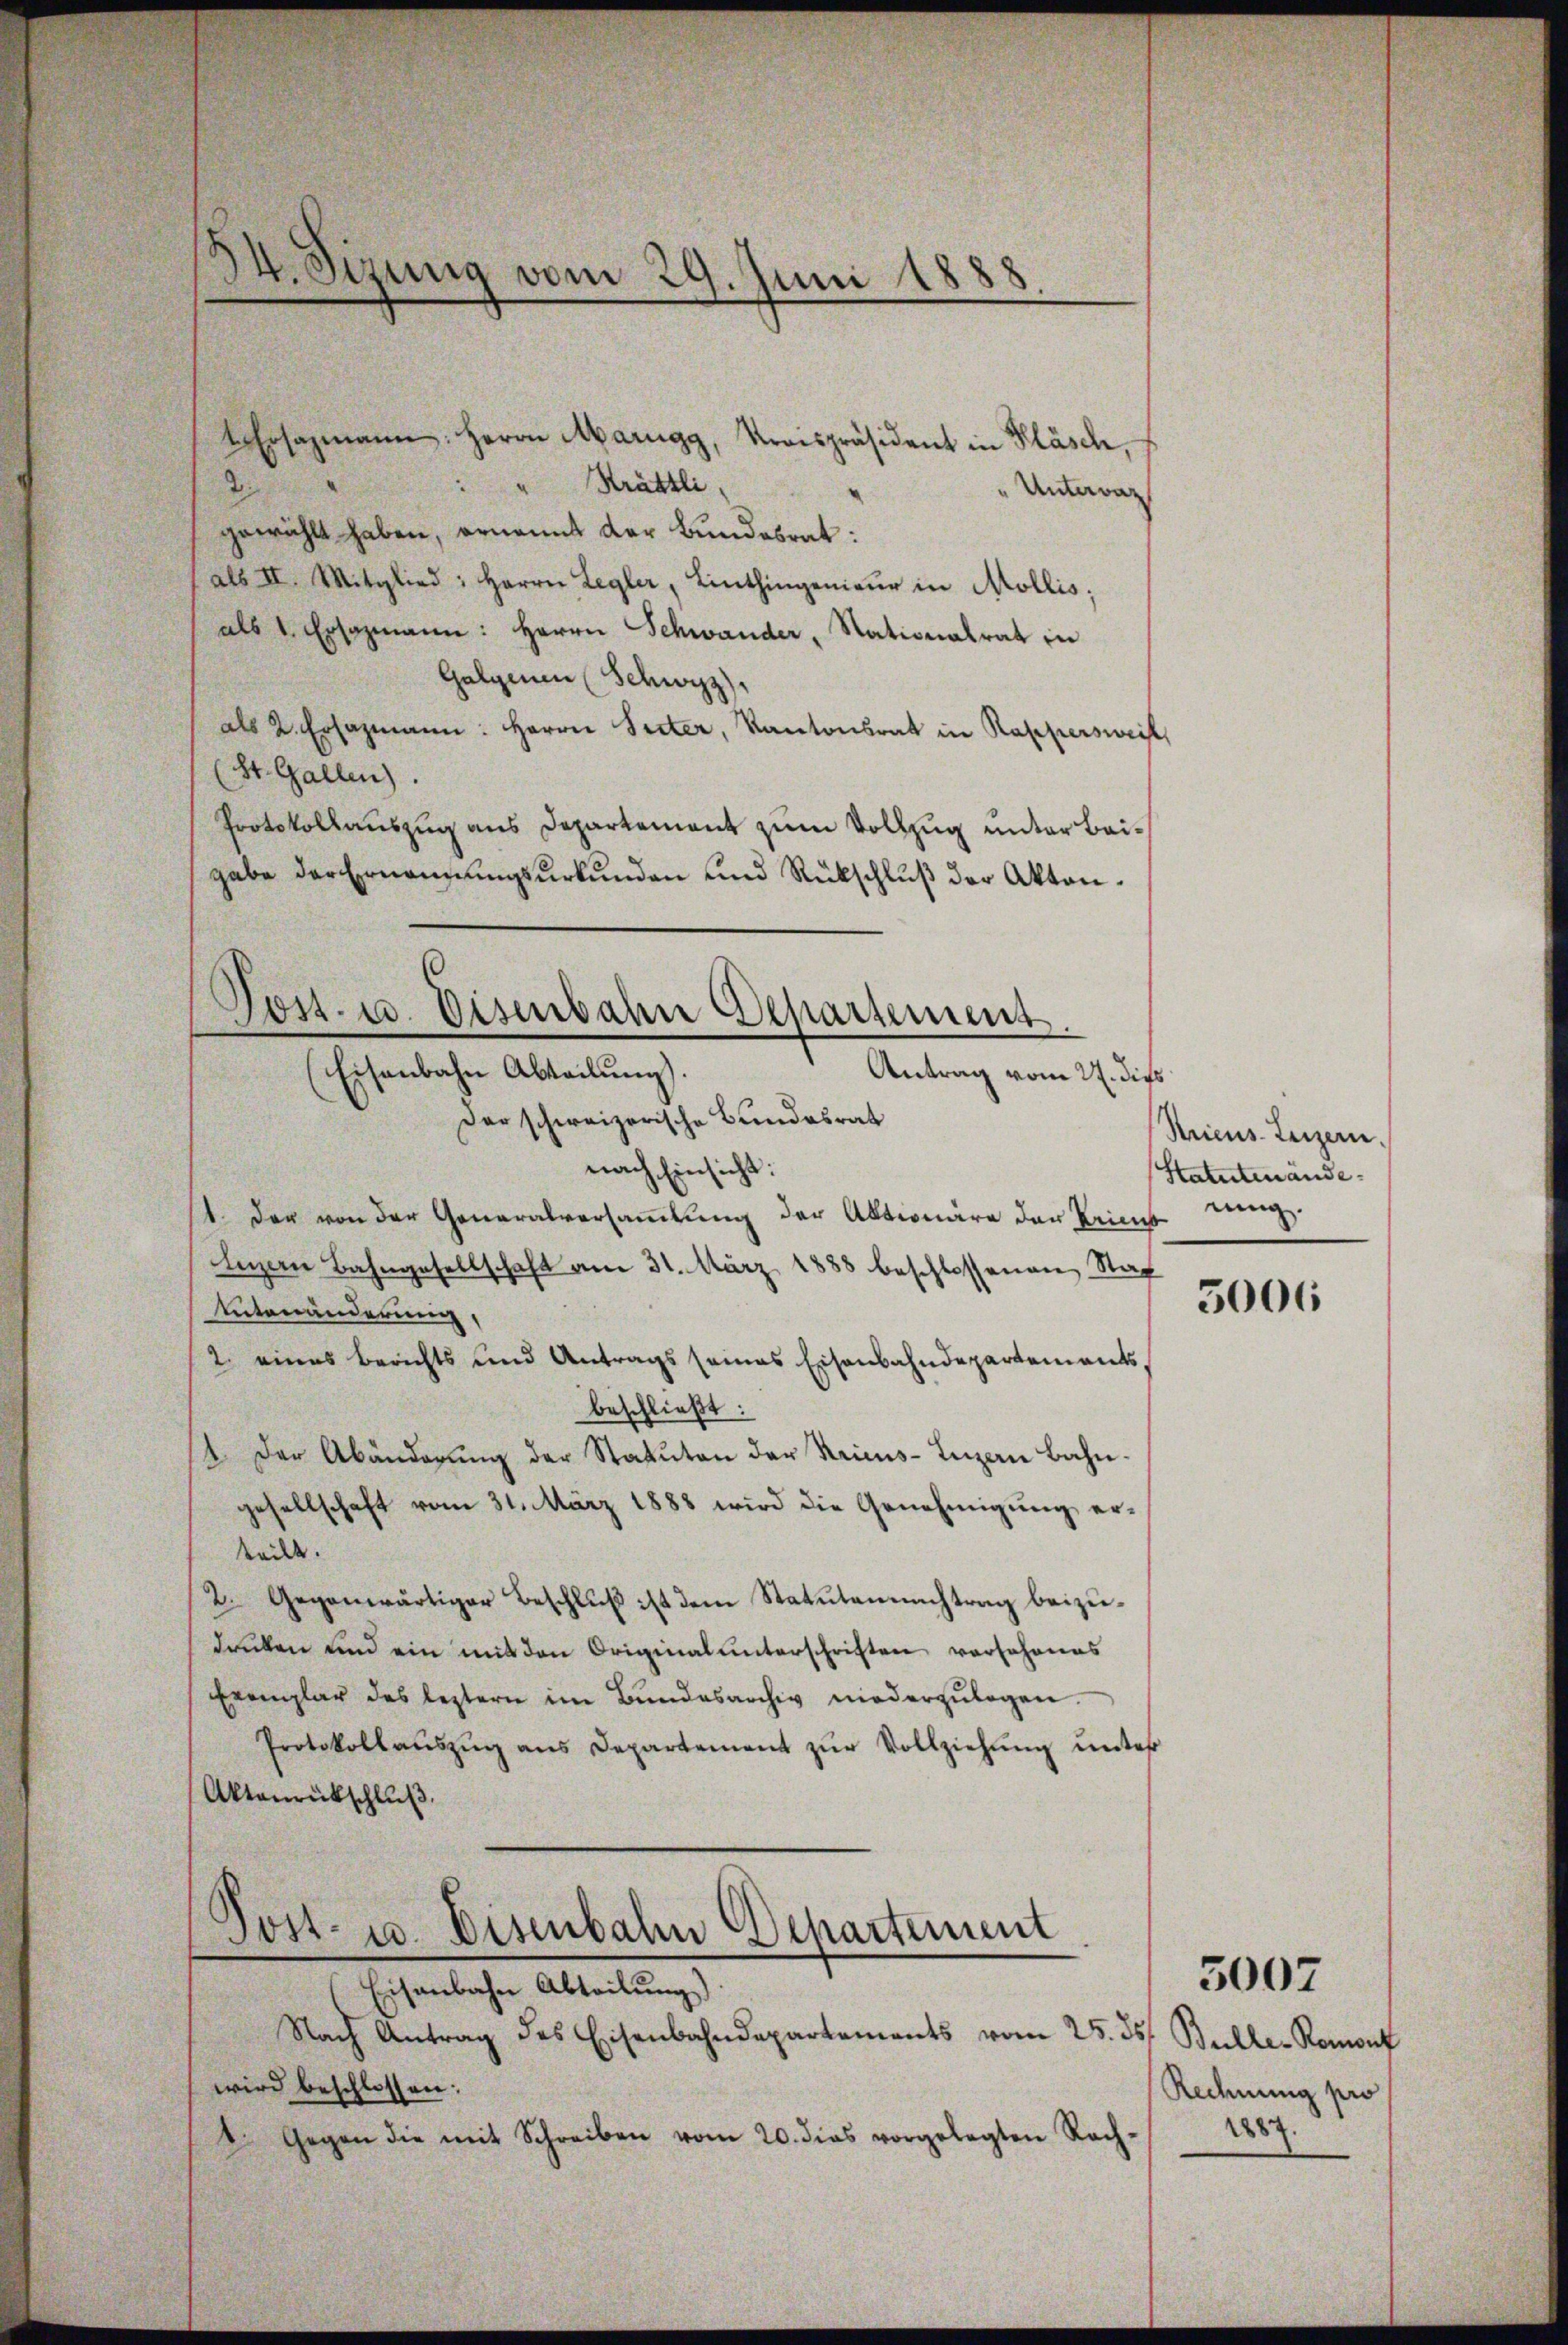
34. Sizung vom 29. Juni 1888

Ersazmann: Herrn Marigg, Kraispräsident in Kläsch,
2.
"Krättli,
" Untervaz
gewählt haben, ernannt der Bundesrat:
als II. Mitglied: Herrn Legler, Linthingenieŭr in Mollis,
als 1. Ersazmann: Herrn Schwander, Stationalrat in
Galgenen (Schwyz)
als 2. Ersazmann: Herrn Seiter, Kantonsrat in Rappersweil,
(St. Gallen.
Protokollauszug aus Departement zum Vollzug unter beigabe der Ernennungsurkunden und Rückschluß der Akten¬
Der schweizerische Bundesrat
nach Einsicht:
1. Der von der Generalversaṁlŭng der Aktionäre der Pries eing.
Luzern Bahngesellschaft am 31. März 1888 beschlossenen Stat
Entenänderung,
2. eines Berichts und Antrags seines Eisenbahndepartements
beschließt:
1. Der Abänderŭng der Statuten der Krims-Inzen Bahn-
gesellschaft vom 31. März 1888 wird die Genehmigŭng er¬
Weile.
2. Gegenwärtiger Beschluß ist dem Statutennachtrag beizudrüken und ein mit den Originalunterschriften vorschenes
Exemplar des leztern im Bŭndesarchiv niederzŭlegen.
Protokollaŭszŭg ans Departement zŭr Vollziehŭng ŭnter
Aktanrückschluß.

Post- u. Eisenbahn Departement.
(Eisenbahn Abteilŭng.
Antrag vom 22. dies

Post- u. Eisenbahn Departement
Eisenbahn Abteilung)

Nach Antrag des Eisenbahndepartements vom 25. ds. Bulle- Remont
wird beschlossen:
8. Gegen die mit Schreiben vom 20. dies vorgelegten Rech-

Rricus-Luzern.
Statutenände.

3006

Rechnung pro
1887.

3007